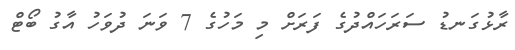
ރާޅުގަނޑު ސަރަހައްދުގެ ފަރަށް މި މަހުގެ 7 ވަނަ ދުވަހު އާގު ބޯޓް